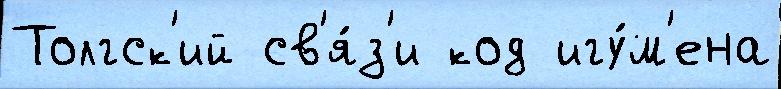
Толгск'ий св'я́з'и код игу́м'ена